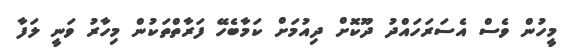
މީހުން ވެސް އެސަރަހައްދު ދޫކޮށް ދިއުމަށް ކަމާބެހޭ ފަރާތްތަކުން މިހާރު ވަނީ ލަފާ